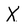
Character: X